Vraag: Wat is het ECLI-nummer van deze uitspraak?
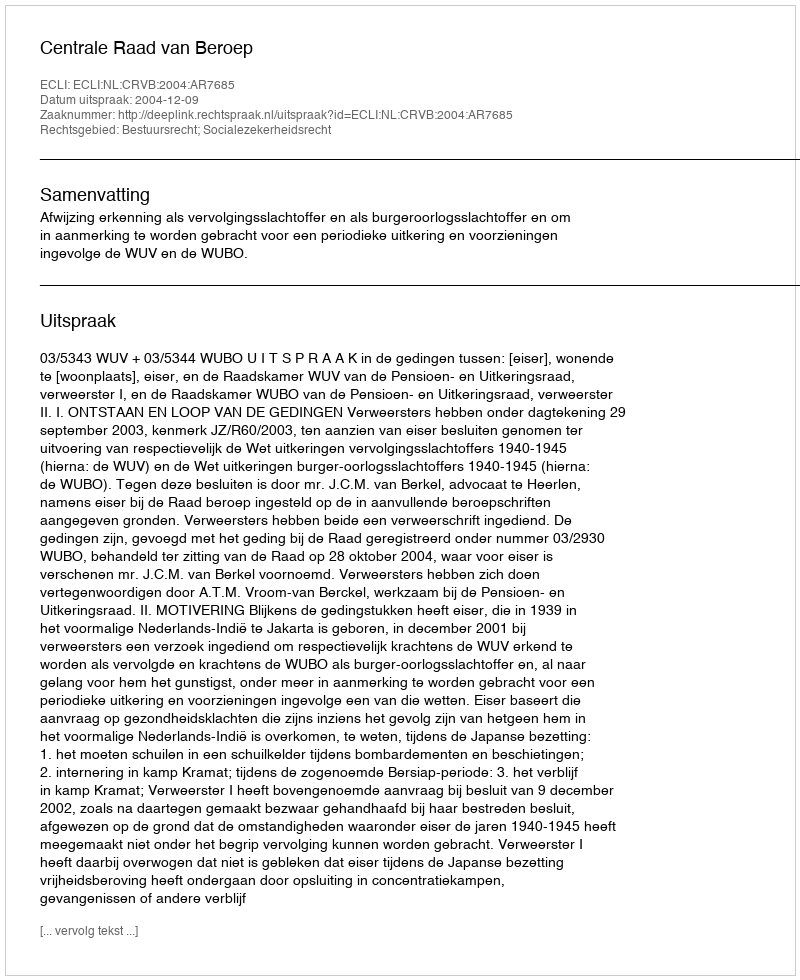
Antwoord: ECLI:NL:CRVB:2004:AR7685